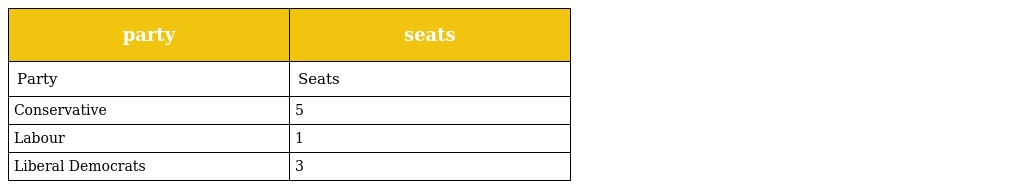
| party | seats |
 | --- | --- |
 | Party | Seats |
 | Conservative | 5 |
 | Labour | 1 |
 | Liberal Democrats | 3 |